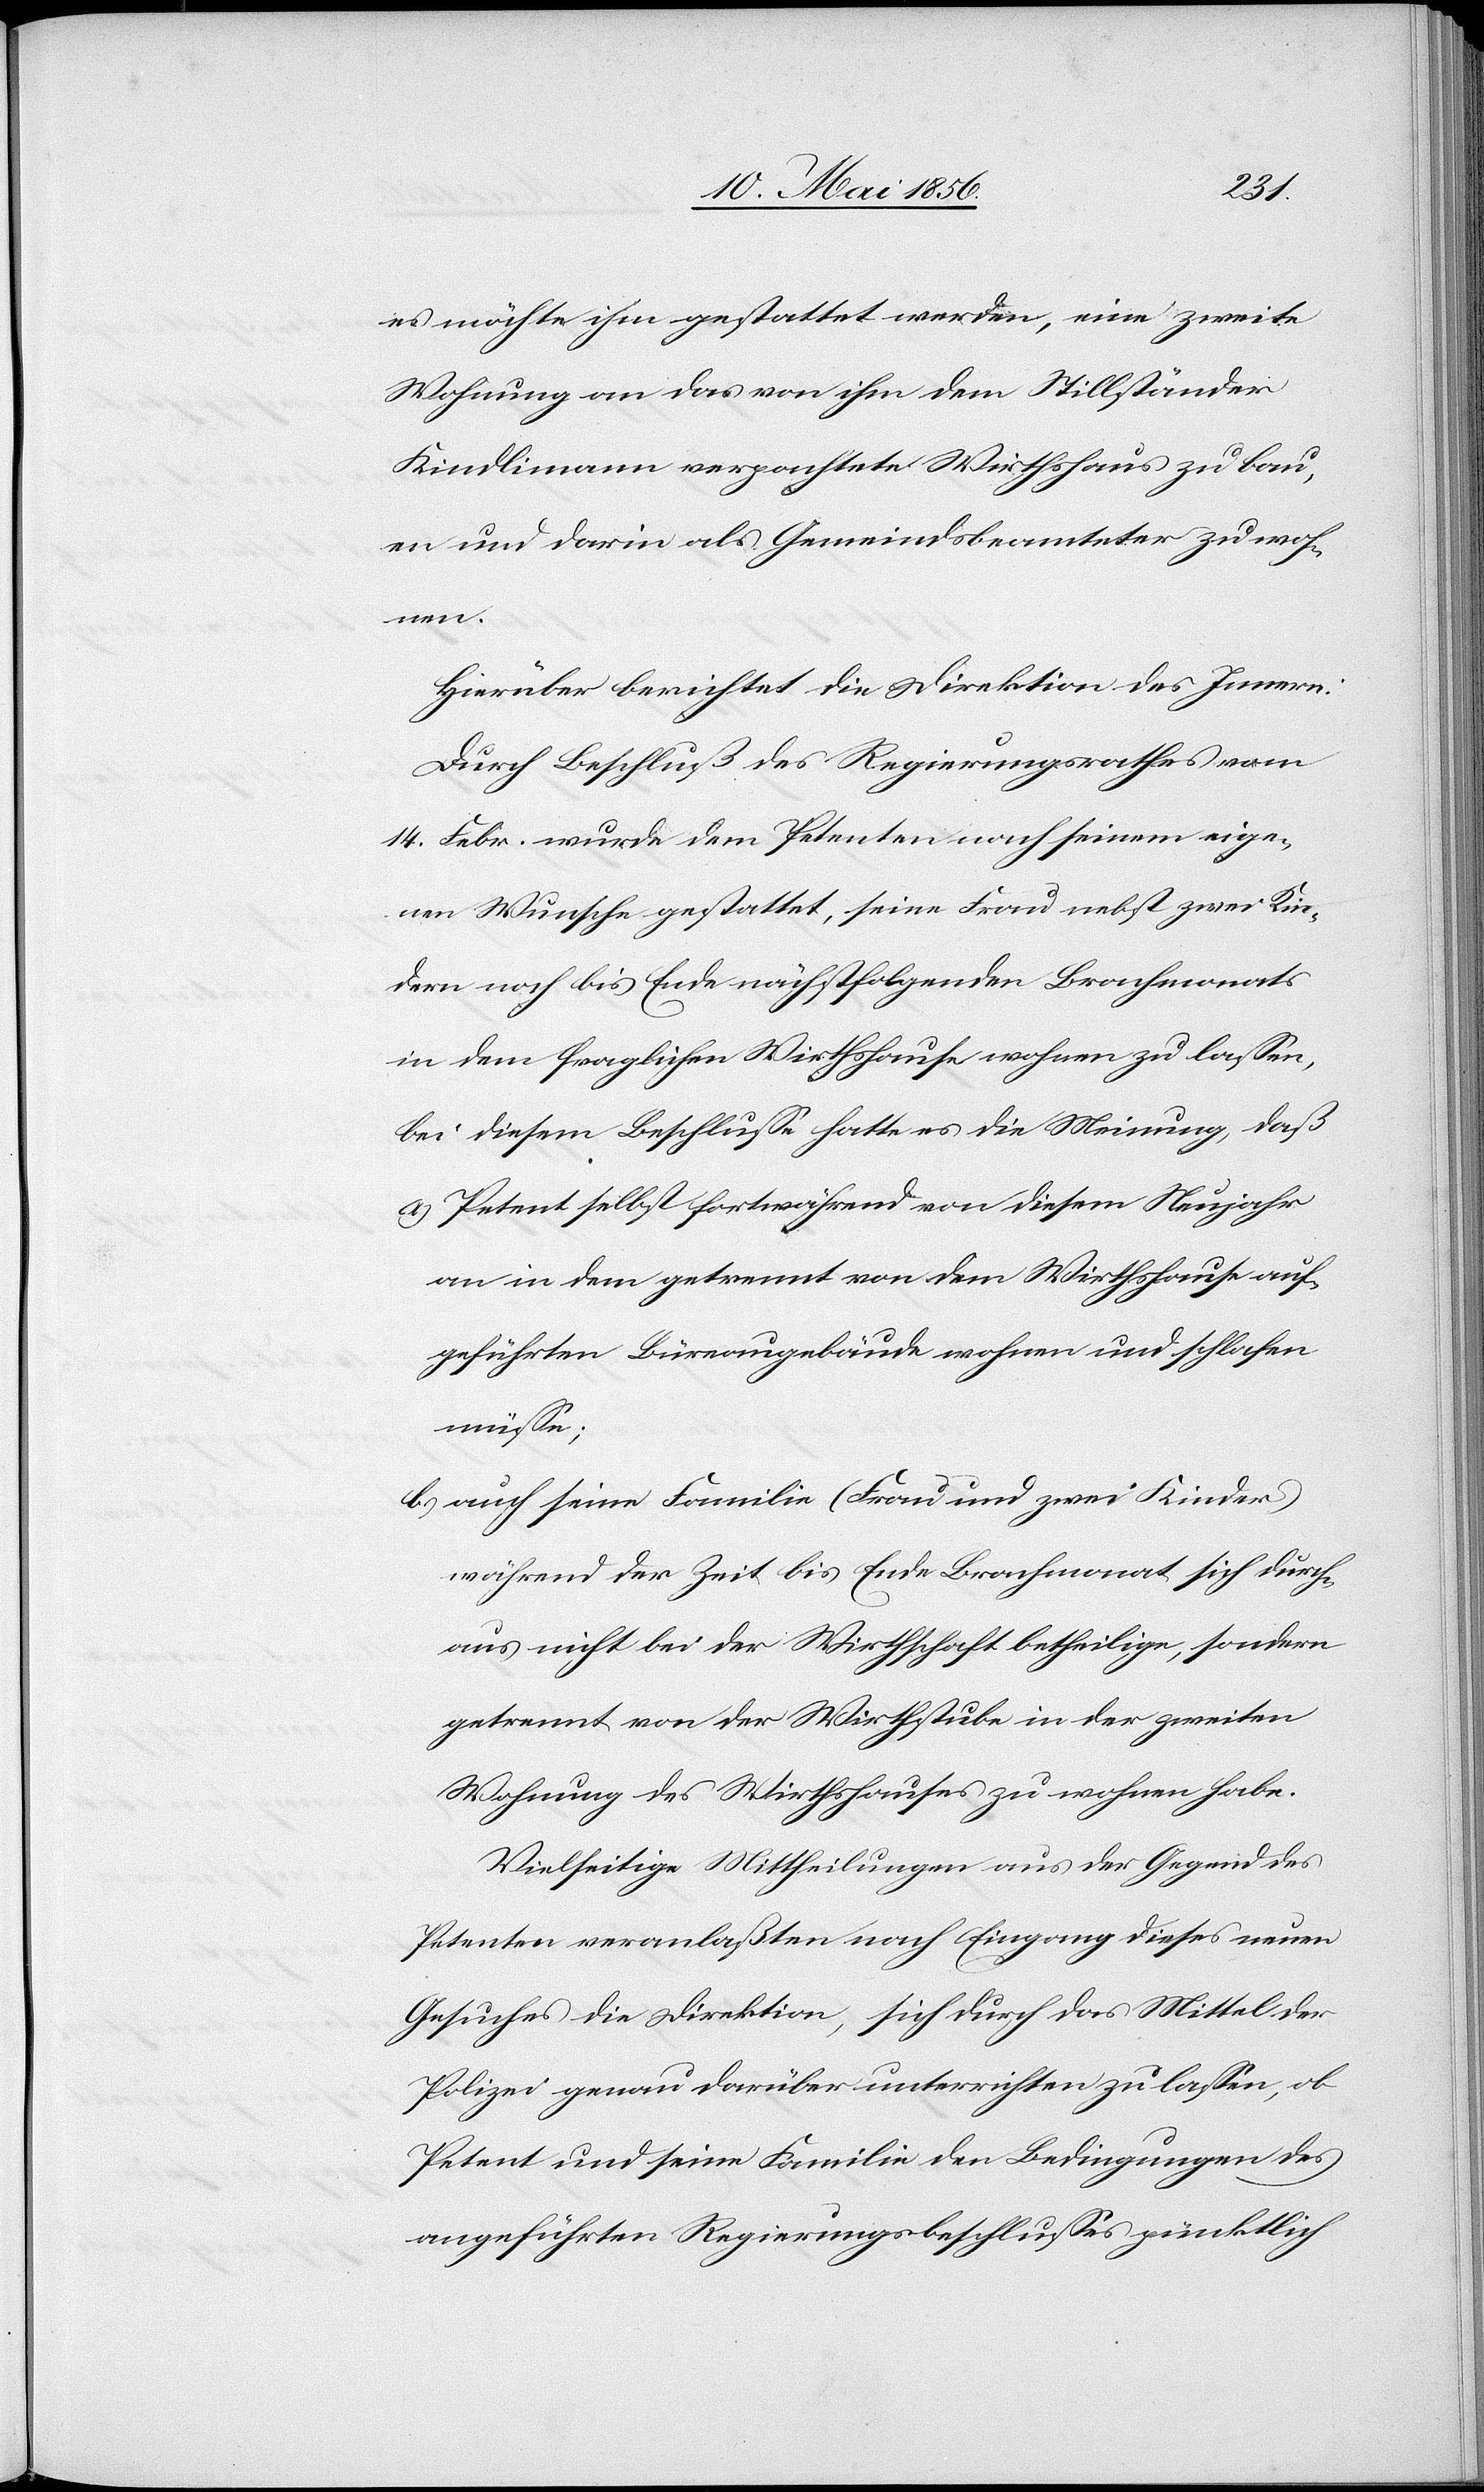
es möchte ihm gestattet werden, eine zweite
Wohnung an das von ihm dem Stillständer
Kindlimann verpachtete Wirthshaus zu bau¬
en und darin als Gemeindsbeamteter zu woh¬
nen.
Hierüber berichtet die Direktion des Innern:
Durch Beschluß des Regierungsrathes vom
14. Febr. wurde dem Petenten nach seinem eige¬
nen Wunsche gestattet, seine Frau nebst zwei Kin¬
dern noch bis Ende nächstfolgenden Brachmonats
in dem fraglichen Wirthshause wohnen zu lassen,
bei diesem Beschlusse hatte es die Meinung, daß
a) Petent selbst fortwährend von diesem Neujahr
an in dem getrennt von dem Wirthshause auf¬
geführten Büreaugebäude wohnen und schlafen
müsse;
b) auch seine Familie (Frau und zwei Kinder)
während der Zeit bis Ende Brachmonat sich durch¬
aus nicht bei der Wirthschaft betheiligen, sondern
getrennt von der Wirthstube in der zweiten
Wohnung des Wirthshauses zu wohnen habe.
Vielseitige Mittheilungen aus der Gegend des
Petenten veranlaßten nach Eingang dieses neuen
Gesuches die Direktion, sich durch das Mittel der
Polizei genau darüber unterrichten zu lassen, ob
Petent und seine Familie den Bedingungen des
angeführten Regierungsbeschlusses pünktlich